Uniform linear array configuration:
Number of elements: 12
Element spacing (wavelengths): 0.75
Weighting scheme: hamming
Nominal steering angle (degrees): -15
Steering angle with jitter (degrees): -16.565
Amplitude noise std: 0.05
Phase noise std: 0.05

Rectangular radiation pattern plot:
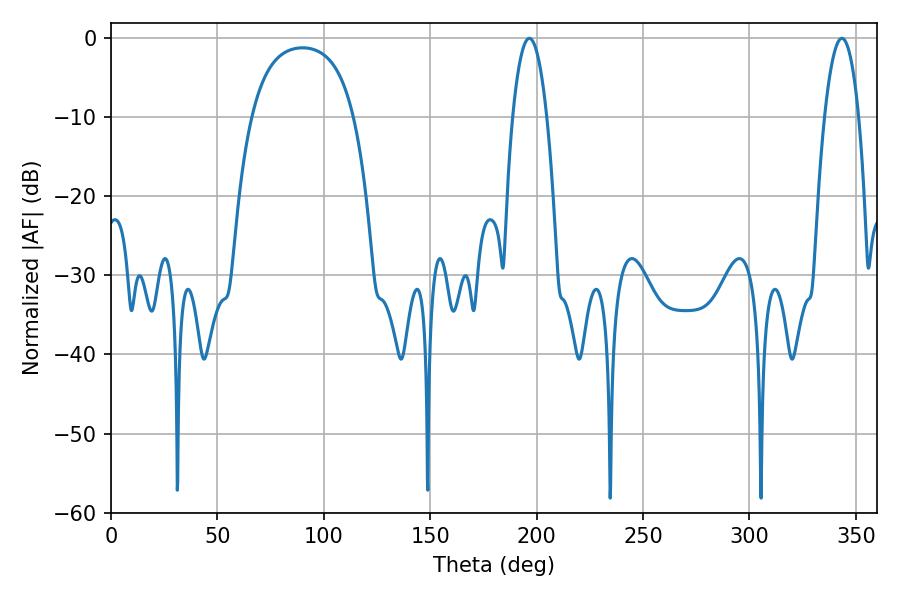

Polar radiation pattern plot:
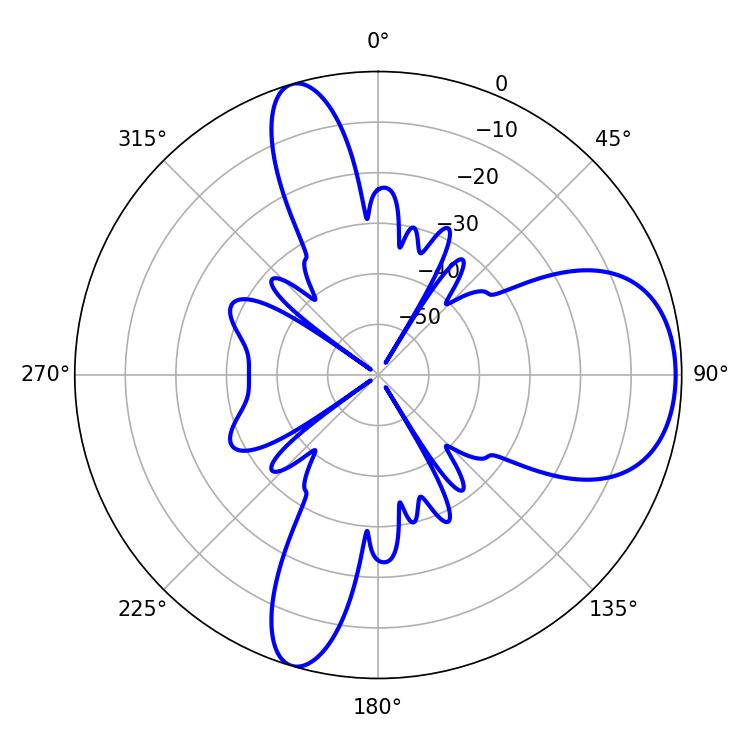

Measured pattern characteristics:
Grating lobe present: TRUE
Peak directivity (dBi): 7.864
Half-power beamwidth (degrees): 8.82
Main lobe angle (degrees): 196.56